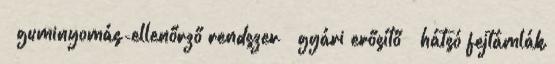
– guminyomás-ellenőrző rendszer – gyári erősítő – hátsó fejtámlák